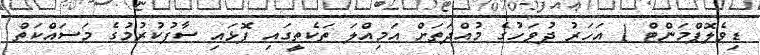
ޑިވެލޮޕްމަންޓް 1 އަހަރު ދުވަހުގެ މުއްދަތަށް އަމިއްލަ ތަކެތީގައި ފޮޅައި ސާފުކުރުމުގެ މަސައްކަތް